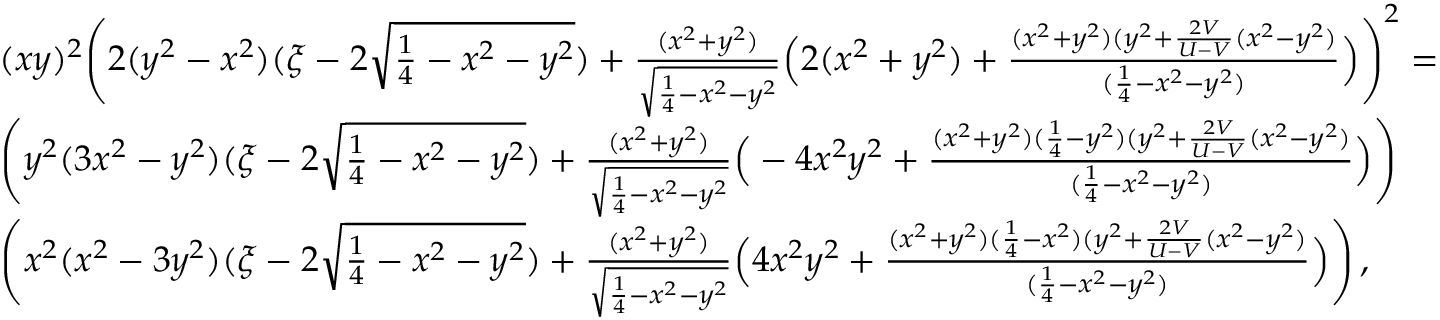
\begin{array} { r l } & { ( x y ) ^ { 2 } \Bigg ( 2 ( y ^ { 2 } - x ^ { 2 } ) ( \xi - 2 \sqrt { \frac { 1 } { 4 } - x ^ { 2 } - y ^ { 2 } } ) + \frac { ( x ^ { 2 } + y ^ { 2 } ) } { \sqrt { \frac { 1 } { 4 } - x ^ { 2 } - y ^ { 2 } } } \Big ( 2 ( x ^ { 2 } + y ^ { 2 } ) + \frac { ( x ^ { 2 } + y ^ { 2 } ) ( y ^ { 2 } + \frac { 2 V } { U - V } ( x ^ { 2 } - y ^ { 2 } ) } { ( \frac { 1 } { 4 } - x ^ { 2 } - y ^ { 2 } ) } \Big ) \Bigg ) ^ { 2 } = } \\ & { \Bigg ( y ^ { 2 } ( 3 x ^ { 2 } - y ^ { 2 } ) ( \xi - 2 \sqrt { \frac { 1 } { 4 } - x ^ { 2 } - y ^ { 2 } } ) + \frac { ( x ^ { 2 } + y ^ { 2 } ) } { \sqrt { \frac { 1 } { 4 } - x ^ { 2 } - y ^ { 2 } } } \Big ( - 4 x ^ { 2 } y ^ { 2 } + \frac { ( x ^ { 2 } + y ^ { 2 } ) ( \frac { 1 } { 4 } - y ^ { 2 } ) ( y ^ { 2 } + \frac { 2 V } { U - V } ( x ^ { 2 } - y ^ { 2 } ) } { ( \frac { 1 } { 4 } - x ^ { 2 } - y ^ { 2 } ) } \Big ) \Bigg ) } \\ & { \Bigg ( x ^ { 2 } ( x ^ { 2 } - 3 y ^ { 2 } ) ( \xi - 2 \sqrt { \frac { 1 } { 4 } - x ^ { 2 } - y ^ { 2 } } ) + \frac { ( x ^ { 2 } + y ^ { 2 } ) } { \sqrt { \frac { 1 } { 4 } - x ^ { 2 } - y ^ { 2 } } } \Big ( 4 x ^ { 2 } y ^ { 2 } + \frac { ( x ^ { 2 } + y ^ { 2 } ) ( \frac { 1 } { 4 } - x ^ { 2 } ) ( y ^ { 2 } + \frac { 2 V } { U - V } ( x ^ { 2 } - y ^ { 2 } ) } { ( \frac { 1 } { 4 } - x ^ { 2 } - y ^ { 2 } ) } \Big ) \Bigg ) \, , } \end{array}